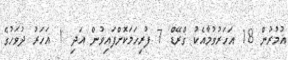
އުމުރުން 18 އަހަރުވުމާއެކު ގްރޭޑް 7 ފުރިހަމަކޮށްފައިވުން އަދި 1 އަހަރު ދުވަހުގެ